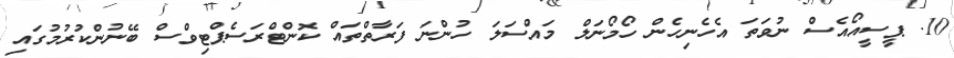
10. ޕީސީއޯއެސް ނުވަތަ އެހެނިހެން ހޯމޯނަލް މައްސަލަ ހުންނަ ފަރާތްތައް ކޮންޓްރަސެޕްޓިވްސް ބޭނުންކުރުމުގައި